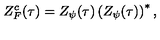
Z _ { F } ^ { c } ( \tau ) = Z _ { \psi } ( \tau ) \left( Z _ { \psi } ( \tau ) \right) ^ { * } ,